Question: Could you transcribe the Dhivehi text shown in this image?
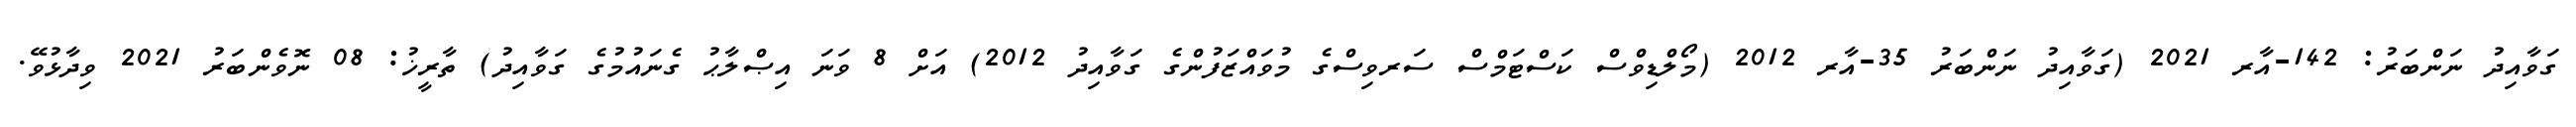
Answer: ގަވާއިދު ނަންބަރު: 142-އާރ 2021 (ގަވާއިދު ނަންބަރު 35-އާރ 2012 (މޯލްޑިވްސް ކަސްޓަމްސް ސަރވިސްގެ މުވައްޒަފުންގެ ގަވާއިދު 2012) އަށް 8 ވަނަ އިޞްލާޙު ގެނައުމުގެ ގަވާއިދު) ތާރީޚު: 08 ނޮވެންބަރު 2021 ވިދާޅުވޭ.